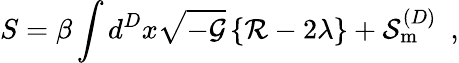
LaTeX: S=\beta\int d^{D}x\sqrt{-{\cal{G}}}\left\{ {\cal{R}}-2\lambda\right\} +{\cal{S}}_{\mathrm{{m}}}^{(D)}\, \, \, ,